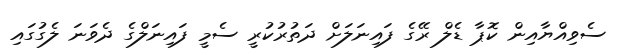
ސެވިއްޔާއިން ކޮޕާ ޑެލް ރޭގެ ފައިނަލަށް ދަތުރުކުރީ ސެމީ ފައިނަލްގެ ދެވަނަ ލެގުގައި